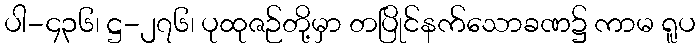
ပါ-၄၃၆၊ ဋ္ဌ-၂၇၆၊ ပုထုဇဉ်တို့မှာ တပြိုင်နက်သောခဏ၌ ကာမ ရူပ